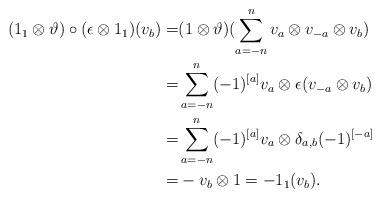
LaTeX: \begin{align*}(1_1\otimes \vartheta)\circ(\epsilon\otimes 1_1)(v_b)=&(1\otimes \vartheta)(\sum\limits_{a=-n}^nv_a\otimes v_{-a}\otimes v_b)\\=&\sum\limits_{a=-n}^n(-1)^{[a]}v_a\otimes \epsilon(v_{-a}\otimes v_b)\\=&\sum\limits_{a=-n}^n(-1)^{[a]}v_a\otimes \delta_{a,b}(-1)^{[-a]}\\=&-v_b\otimes 1=-1_1(v_b).\end{align*}